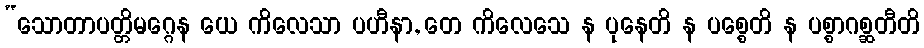
“သောတာပတ္တိမဂ္ဂေန ယေ ကိလေသာ ပဟီနာ, တေ ကိလေသေ န ပုနေတိ န ပစ္စေတိ န ပစ္စာဂစ္ဆတီတိ